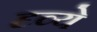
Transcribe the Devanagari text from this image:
दृव्ये